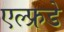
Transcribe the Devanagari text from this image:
एल्फ्रडे